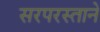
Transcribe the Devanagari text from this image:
सरपरस्ताने